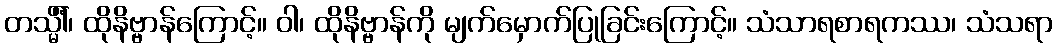
တသ္မိံါ်၊ ထိုနိဗ္ဗာန်ကြောင့်။ ဝါ၊ ထိုနိဗ္ဗာန်ကို မျက်မှောက်ပြုခြင်းကြောင့်။ သံသာရစာရကဿ၊ သံသရာ